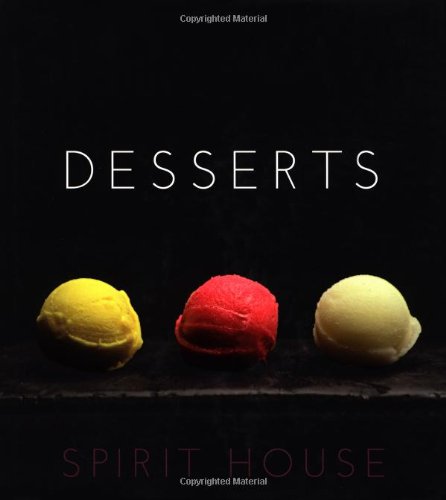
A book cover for Spirit House Desserts; Helen Brierty; Cookbooks, Food & Wine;